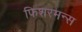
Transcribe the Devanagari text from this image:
फिशरमन्स